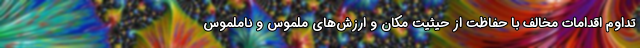
تداوم اقدامات مخالف با حفاظت از حیثیت مکان و ارزش‌های ملموس و ناملموس